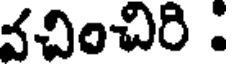
వచించిరి :